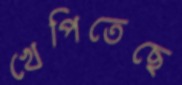
খেপিতেছে